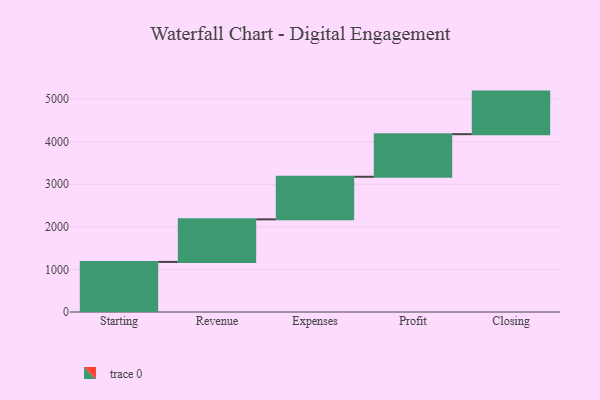
{"axis": {"x": "Step", "y": "Value"}, "legend": [""], "data": [{"x": "Starting", "y": 1176.0, "type": ""}, {"x": "Revenue", "y": 1000, "type": ""}, {"x": "Expenses", "y": 1000, "type": ""}, {"x": "Profit", "y": 1000, "type": ""}, {"x": "Closing", "y": 1000, "type": ""}]}